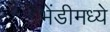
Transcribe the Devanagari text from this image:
भेंडीमध्ये